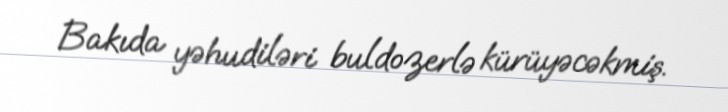
Bakıda yəhudiləri buldozerlə kürüyəcəkmiş.